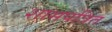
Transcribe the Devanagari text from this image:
शासपत्रित